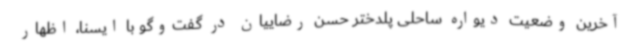
آخرین وضعیت دیواره ساحلی پلدختر حسن رضاییان در گفت‌وگو با ایسنا، اظهار